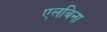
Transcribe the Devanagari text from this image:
एलबिना